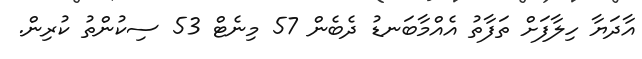
އާދަޔާ ހިލާފަށް ތަފާތު އެއްމާބަނޑު ދެބެން 57 މިނެޓް 53 ސިކުންތު ކުރިން.